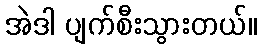
အဲဒါ ပျက်စီးသွားတယ်။